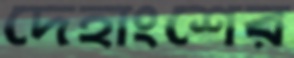
দেহাংশের